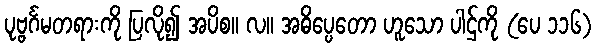
ပုဗ္ဗင်္ဂမတရားကို ပြလို၍ အပိစ။ လ။ အဓိပ္ပေတော ဟူသော ပါဌ်ကို (ပေ ၁၁၆)